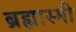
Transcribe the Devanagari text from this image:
ब्रह्मास्मी